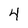
Character: 4